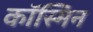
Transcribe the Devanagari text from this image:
कॉस्मिन